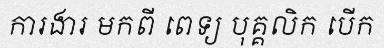
ការងារ មកពី ពេទ្យ បុគ្គលិក បើក